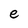
Character: e